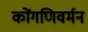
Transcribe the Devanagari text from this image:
कोंगणिवर्मन